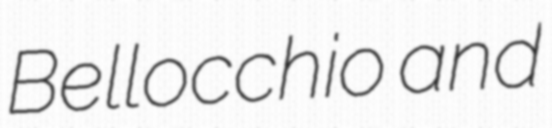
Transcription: Bellocchio and